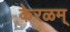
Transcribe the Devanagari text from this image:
केरळम्